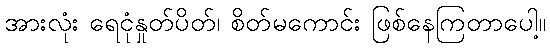
အားလုံး ရေငုံနှုတ်ပိတ်၊ စိတ်မကောင်း ဖြစ်နေကြတာပေါ့။